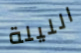
الليلة